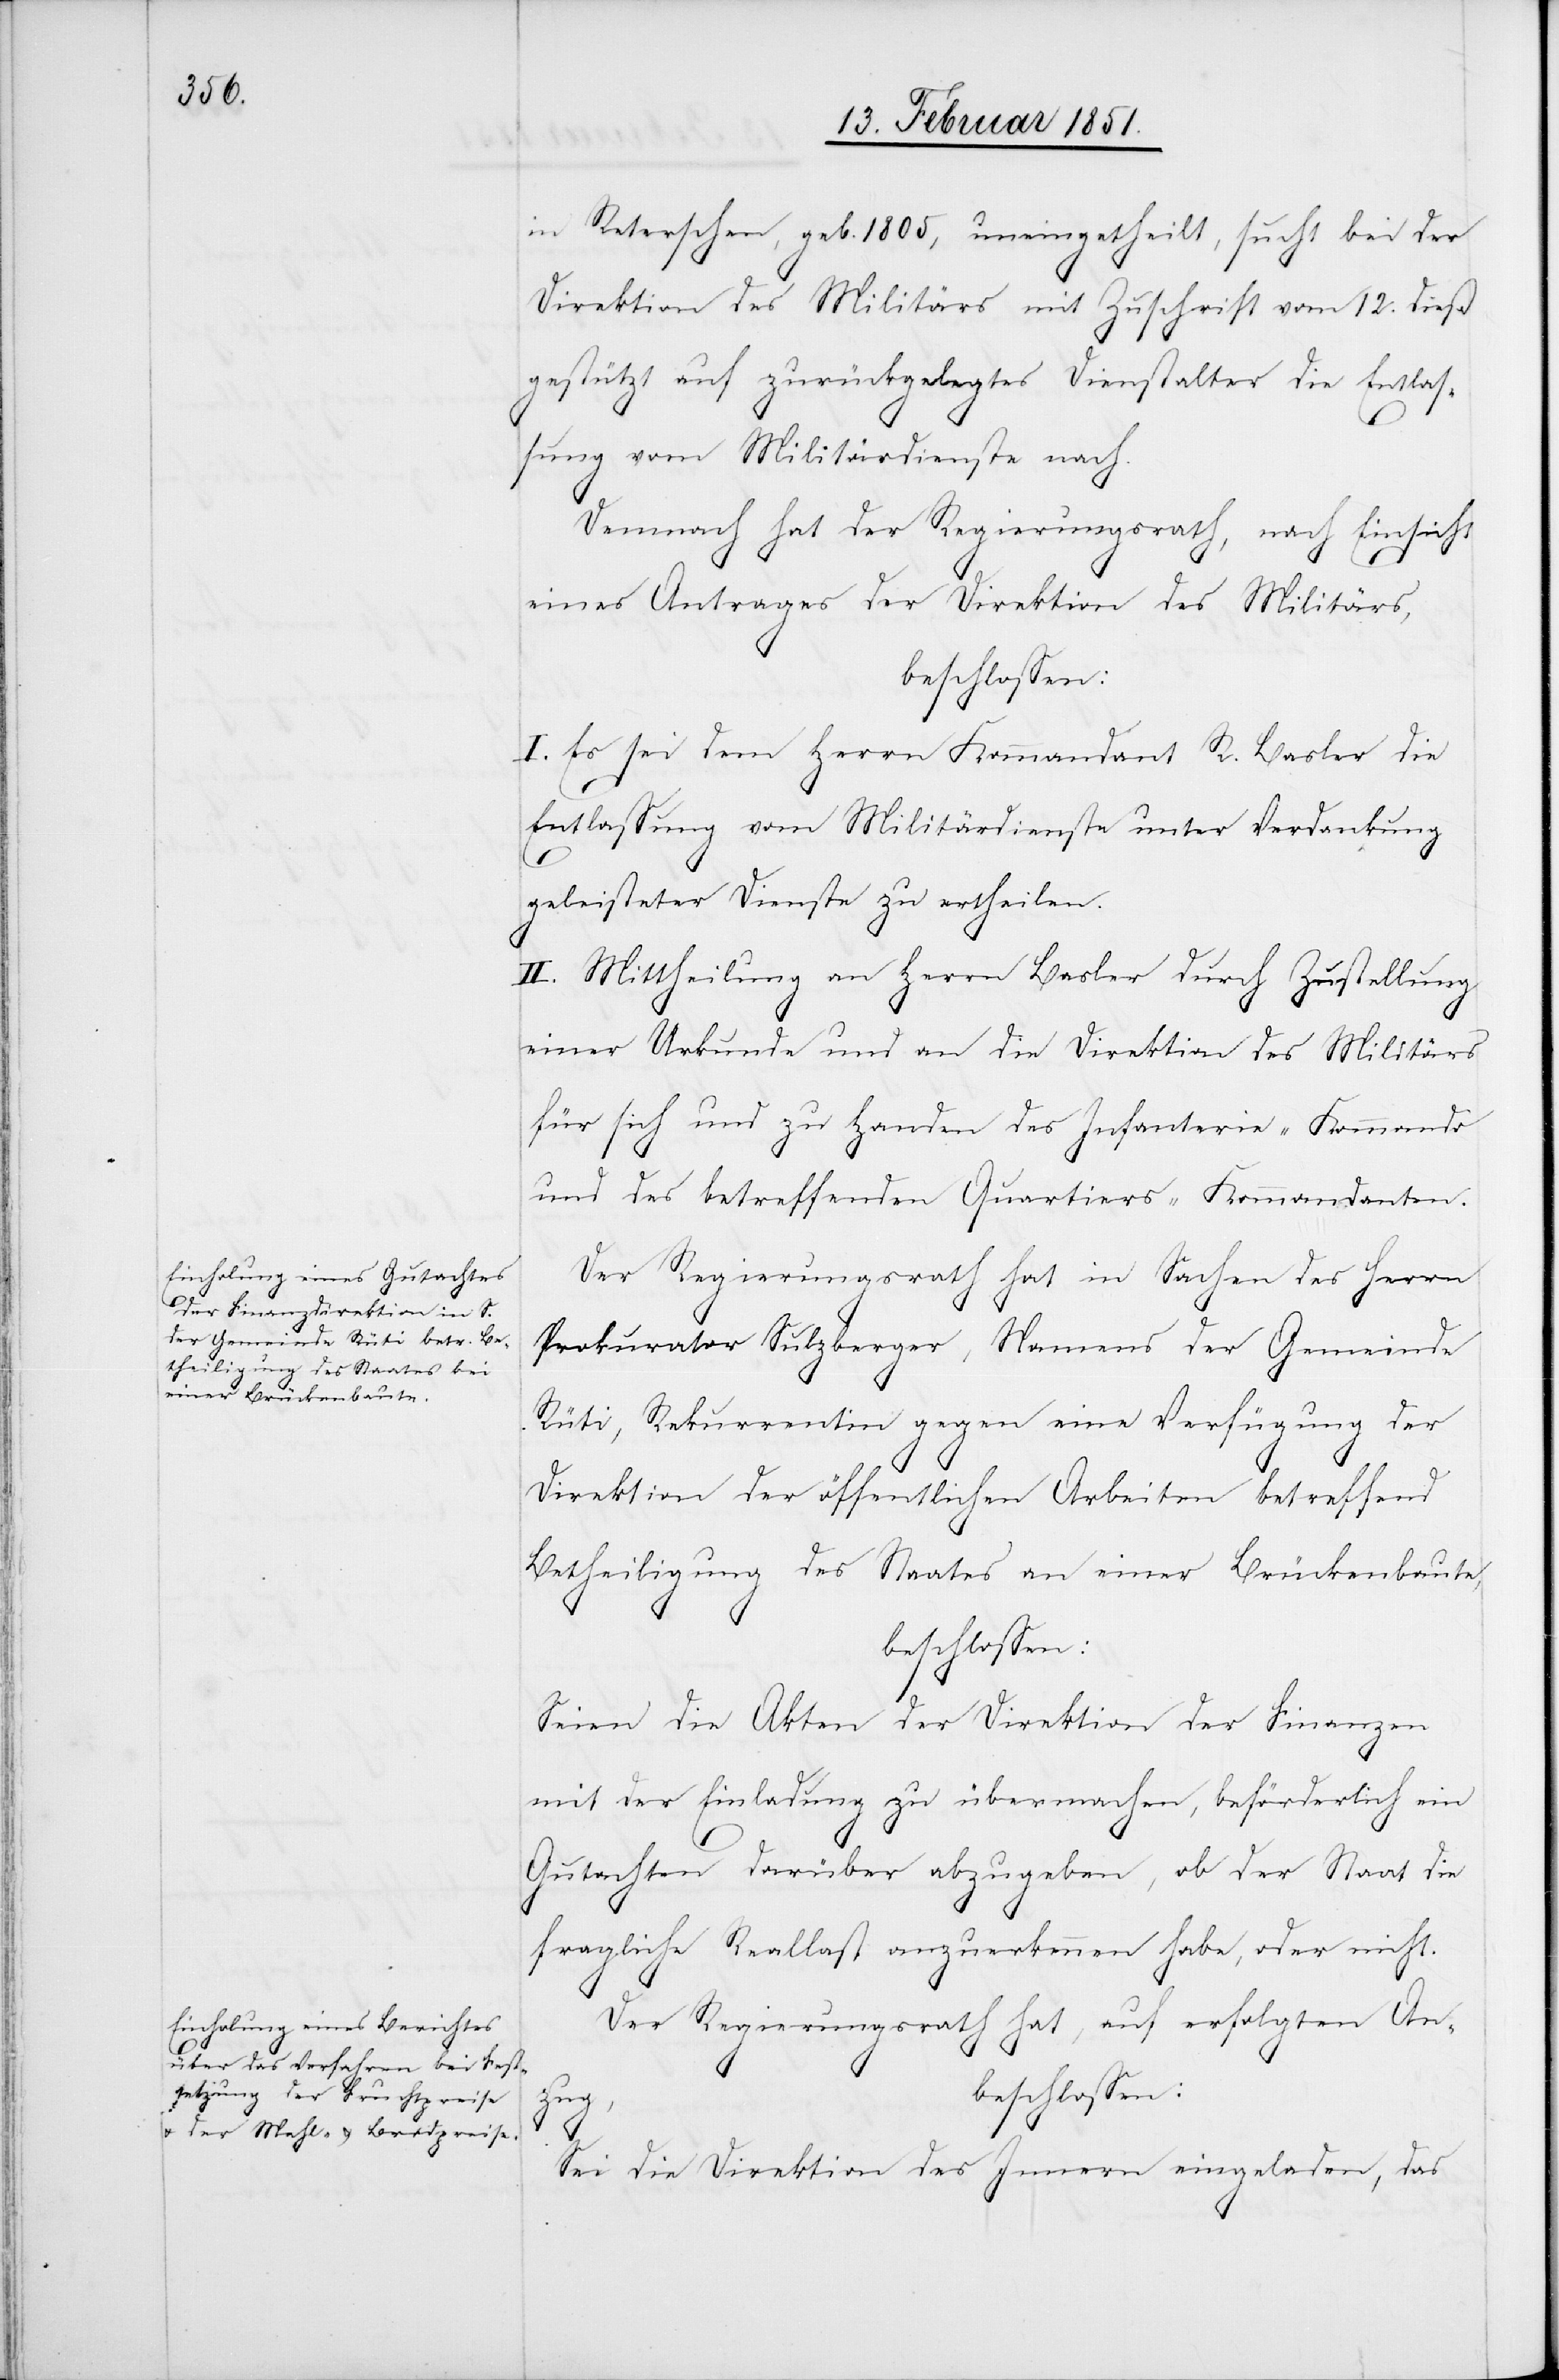
in Reterschen, geb. 1805, uneingetheilt, sucht bei der
Direktion des Militärs mit Zuschrift vom 12. dieß
gestützt auf zurückgelegtes Dienstalter die Entlas¬
sung vom Militärdienste nach.
Demnach hat der Regierungsrath, nach Einsicht
eines Antrages der Direktion des Militärs,
beschlossen:
I. Es sei dem Herrn Kommandant R. Basler die
Entlassung vom Militärdienste unter Verdankung
geleisteter Dienste zu ertheilen.
II. Mittheilung an Herrn Basler durch Zustellung
einer Urkunde und an die Direktion des Militärs
für sich und zu Handen des Infanterie-Kommando
und des betreffenden Quartiers-Kommandanten.
Der Regierungsrath hat in Sachen des Herrn
Prokurator Sulzberger, Namens der Gemeinde
Rüti, Rekurrentin gegen eine Verfügung der
Direktion der öffentlichen Arbeiten betreffend
Betheiligung des Staates an einer Brückenbaute,
beschlossen:
Seien die Akten der Direktion der Finanzen
mit der Einladung zu übermachen, beförderlich ein
Gutachten darüber abzugeben, ob der Staat die
fragliche Reallast anzuerkennen habe, oder nicht.
Der Regierungsrath hat, auf erfolgten An¬
beschlossen:
zug,
Sei die Direktion des Innern eingeladen, das